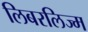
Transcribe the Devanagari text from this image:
लिबरलिज्म